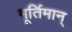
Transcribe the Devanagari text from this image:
मूर्तिमान्‌